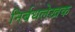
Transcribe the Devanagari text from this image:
निर्बधलेखक